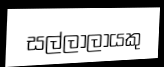
සල්ලාලායකු